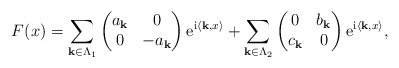
\begin{align*}F(x)=\sum_{{\bf k}\in \Lambda_{1}} \begin{pmatrix}a_{\bf k}&0\\0&-a_{\bf k}\end{pmatrix}{\rm e}^{{\rm i}\langle{\bf k},x\rangle} + \sum_{{\bf k}\in \Lambda_{2}} \begin{pmatrix}0&b_{\bf k}\\c_{\bf k}&0\end{pmatrix}{\rm e}^{{\rm i}\langle{\bf k},x\rangle},\end{align*}